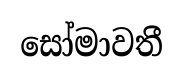
සෝමාවතී